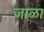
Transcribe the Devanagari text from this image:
जाळा